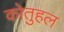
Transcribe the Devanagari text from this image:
कोतुहल